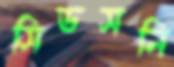
সিডসনি